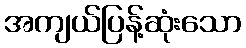
အကျယ်ပြန့်ဆုံးသော